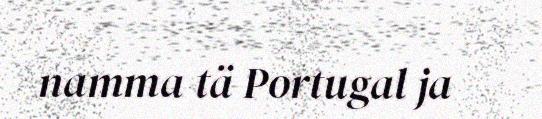
namma tä Portugal ja